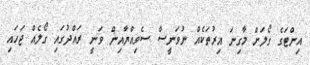
އިންޓަގެ ގޯލަށް މާގިނަ އިރުތަކެއް ނުވަނީސް ސެވިއްޔާއިން ވަނީ ރައްދުގައި ގޯލެއް ޖަހައި